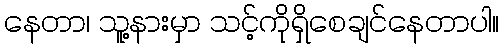
နေတာ၊ သူ့နားမှာ သင့်ကိုရှိစေချင်နေတာပါ။